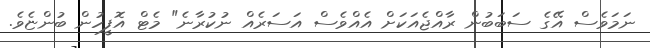
ނަމަވެސް އޭގެ ސަބަބުން ރާއްޖެއަކަށް އެއްވެސް އަސަރެއް ނުކުރާނެ" މެޓް އޮފީހުން ބުންޏެވެ.